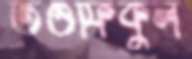
তওফিকুল